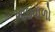
ખાઇવાળો